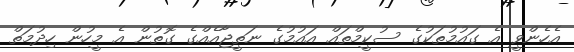
އެހެންވީ އެ ގައުމުތަކުގެ ސުކީމްތައް އައުމުގެ ނަތީޖާއެއްގެ ގޮތުން އެ މީހުން ހިދުމަތް